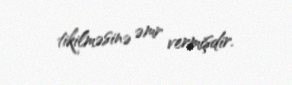
tikilməsinə əmr vermişdir.